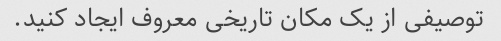
توصیفی از یک مکان تاریخی معروف ایجاد کنید.